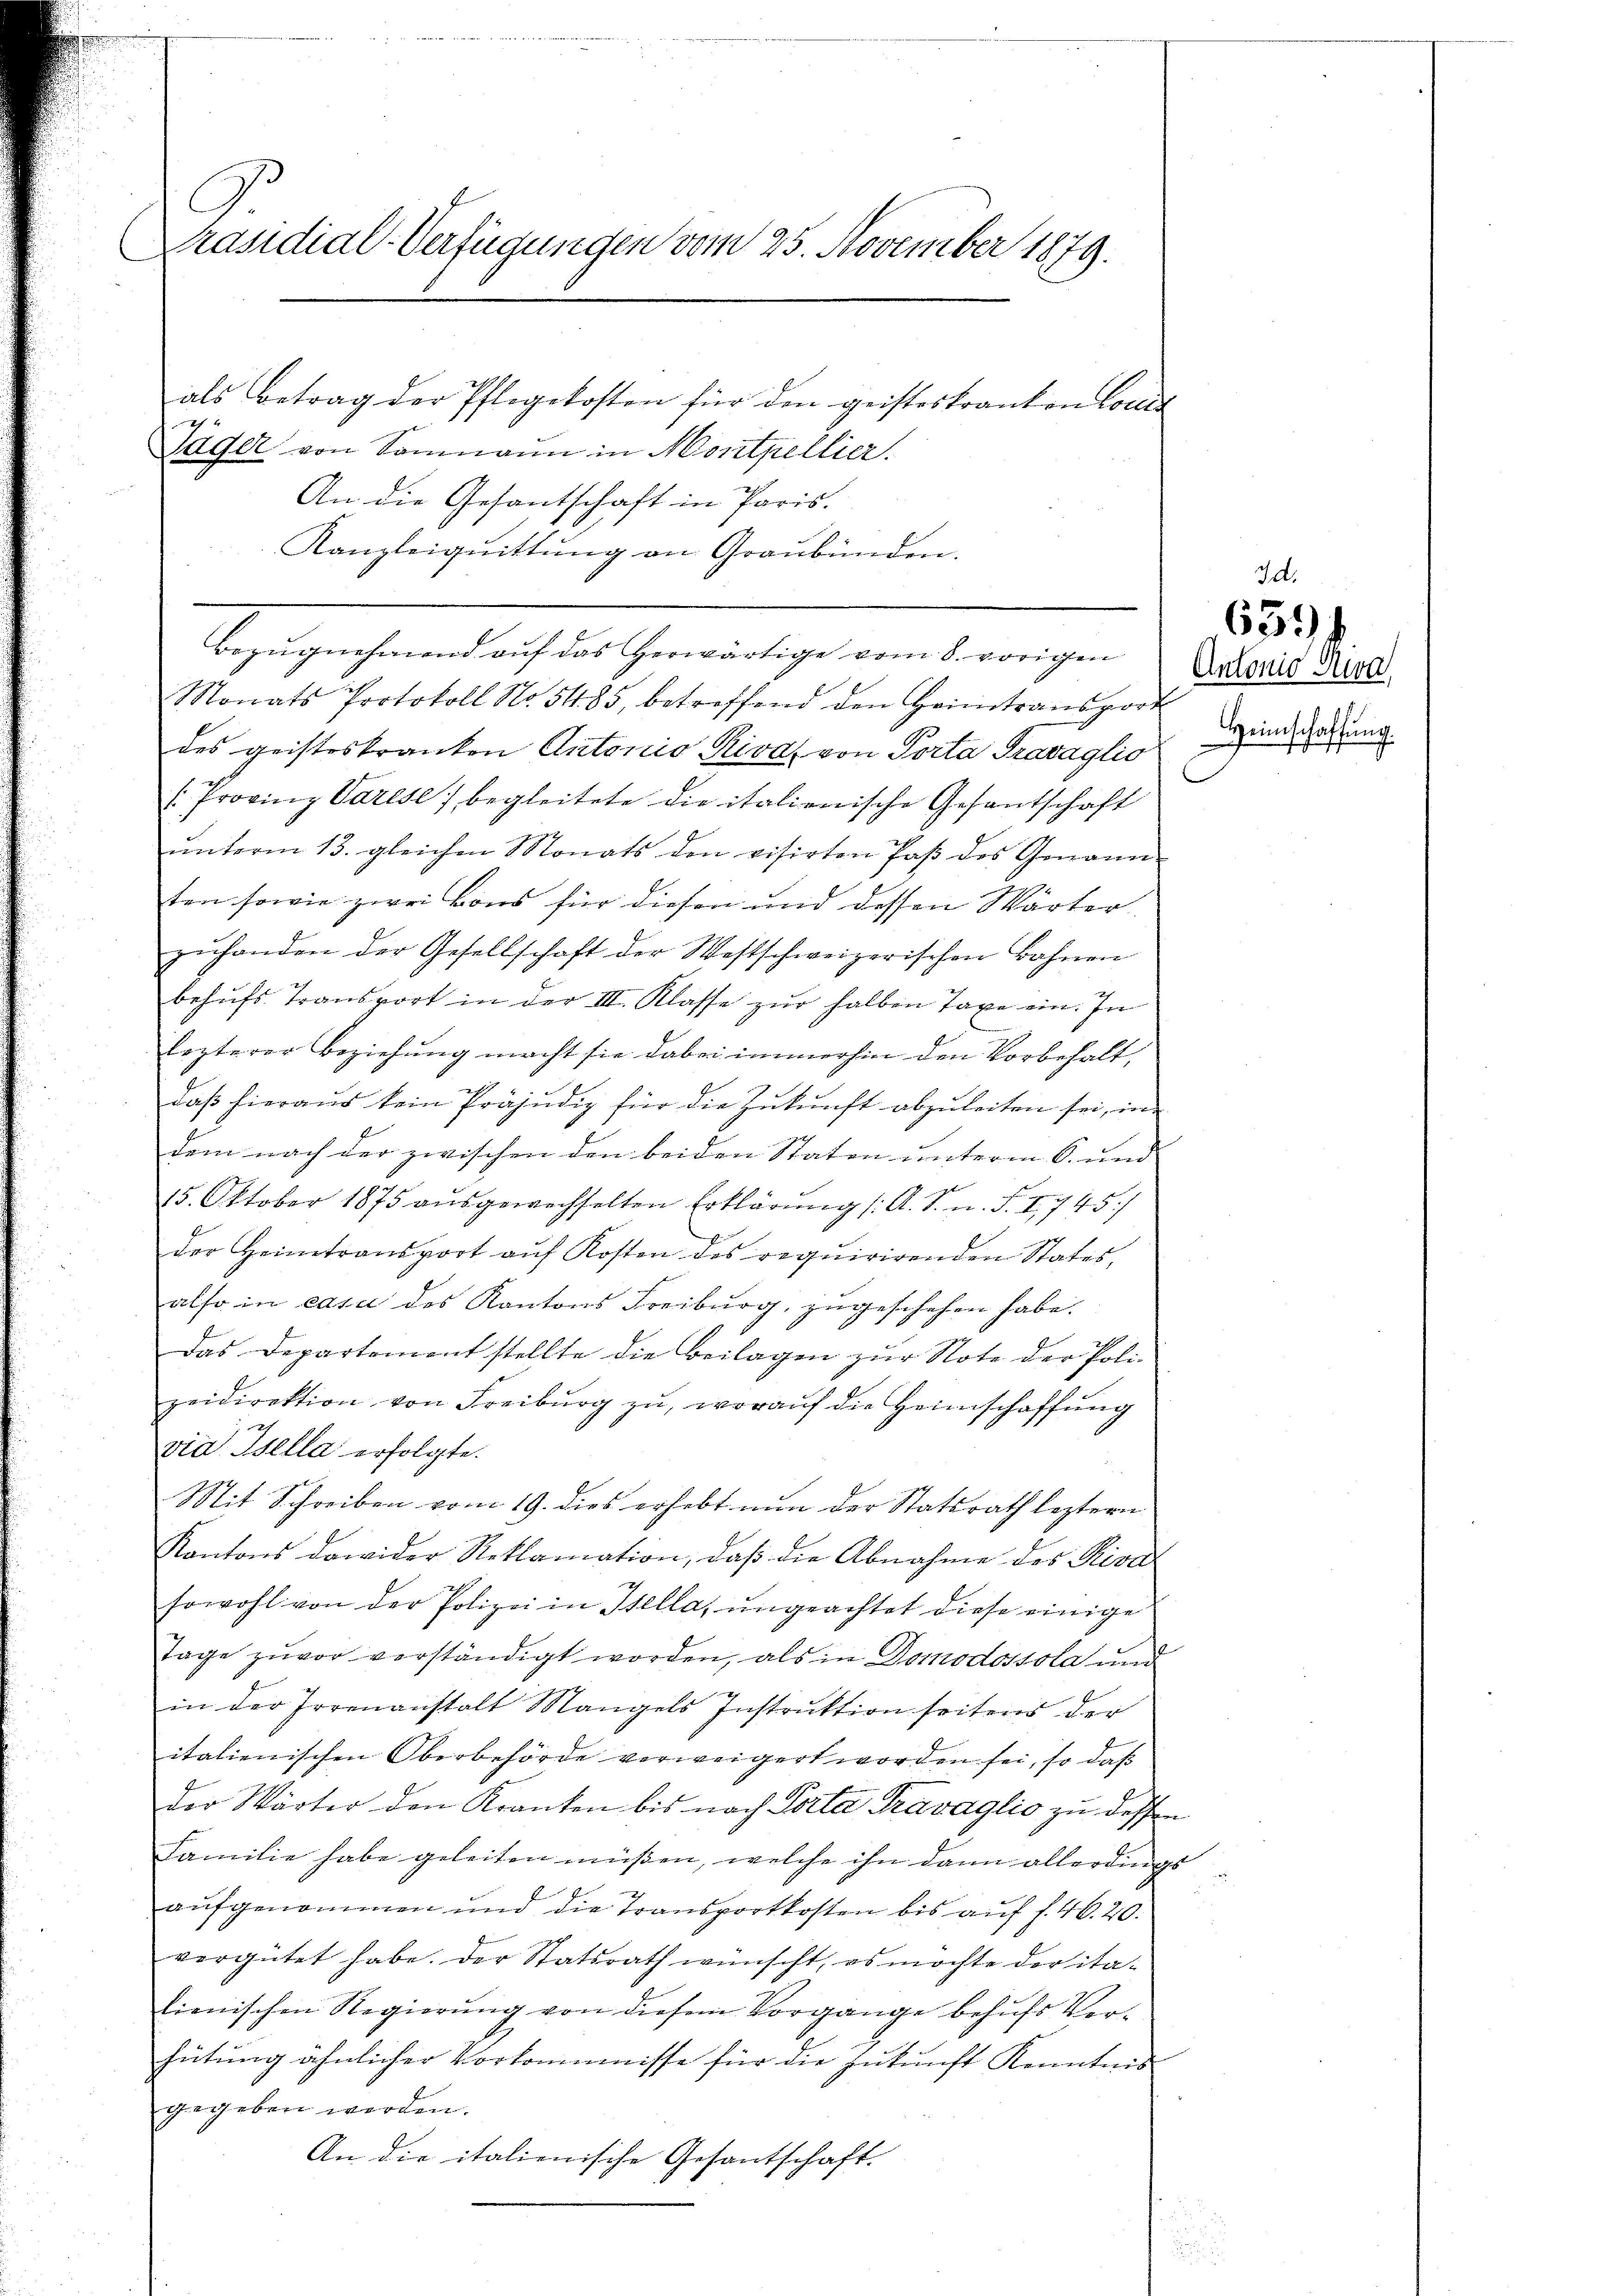
C
Präsidial-Verfügungen vom 25. November 1879.
als Betrag der Pflegekosten für den geisteskranken Colles
f
Jäger von Samnaun in Monthellier.

An die Gesantschaft in Paris.
Kanzleiquittung an Graubünden.
Bezŭgnehmend auf das herwärtige vom 8. vorigen
Nonats Protokoll No 54. 85, betreffend den Heimtransport
des geisteskranken Antonio Riva, von Porta Travaglio di und Zeitung
/Provinz Varese) begleitete die italienische Gesantschaft
ŭnterm 13. gleichen Monats den visirten Paβ des Genann-
ten sowie zwei Bons für diesen und dessen Wärter
zuhanden der Gesellschaft der Westschweizerischen Bahnen
behufs Transport in der III. Klasse zur halben Taxe ein. In
lezterer Beziehung macht sie dabei immerhin den Vorbehalt,
daβ hieraŭs kein Präjŭdig für die Zukunft abzuleiten sei, in
dem nach der zwischen den beiden Staten unterm 6. und
15. Oktober 1875 aŭsgewechselten Erklärŭng /: A. S. n. F. I. 745)
der Heimtransport aŭf Kosten des requirirenden States,
also in casu des Kantons Freiburg, zugeschehen habe.
Das Departement stellte die Beilagen zur Note der Poli-
zeidirektion von Freiburg zŭ, woraŭf die Heimschaffŭng
via Isella erfolgte.
Mit Schreiben vom 19. dies erhebt nun der Statsrath leztern
Kantons dawider Reklamation, daß die Abnahme des Rival
7
sowohl von der Polizei in Stella, ungeachtet diese einige
Tage zuvor verständigt worden, als in Domodossola und
x
in der Irrenanstalt Mangels Instruktion seitens der
italienischen Oberbehörde verweigert worden sei, so daß
der Wärter den Kranken bis nach Porta Travaglio zu dessen
Familie habe geleiten müssen, welche ihn dann allerdings
aufgenommen und die Transportkosten bis auf f. 46. 20.
vergütet habe. Der Statsrath wünscht, es möchte der italienischen Regierung von diesem Vorgange behufs Verhütung ähnlicher Vorkommnisse für die Zukunft Kenntnis
gegeben werden.
An die italienische Gesantschaft.

6391

Antonio Riva